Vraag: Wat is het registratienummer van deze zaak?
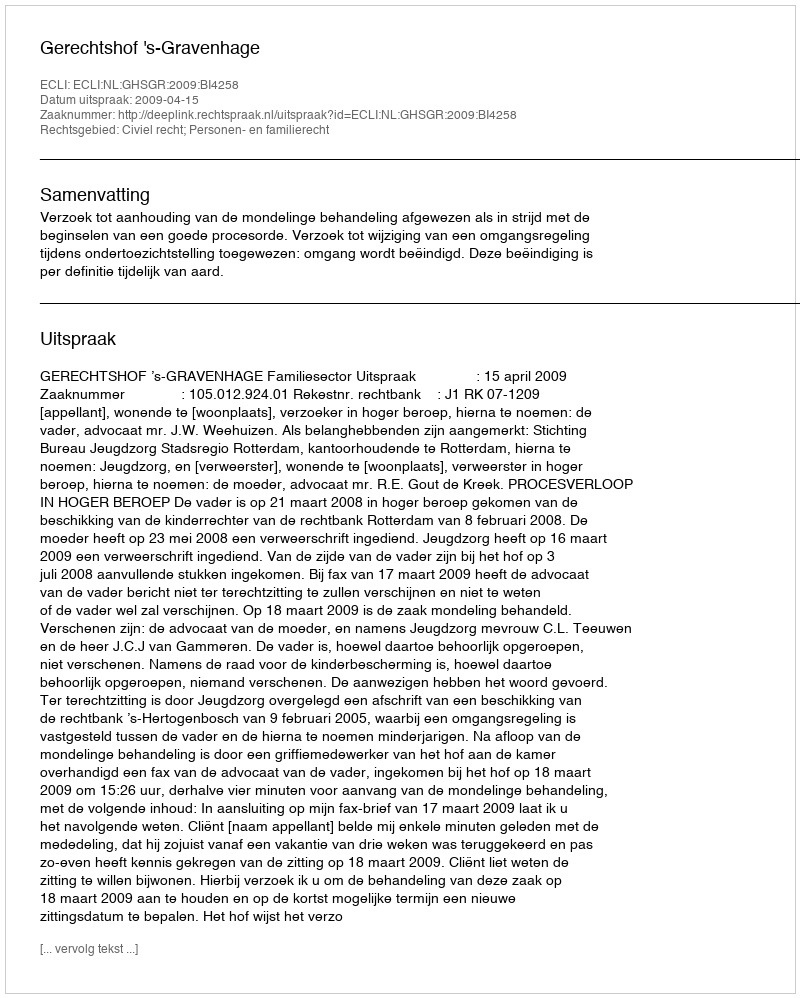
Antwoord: http://deeplink.rechtspraak.nl/uitspraak?id=ECLI:NL:GHSGR:2009:BI4258